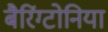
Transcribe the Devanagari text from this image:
बैरिंग्टोनिया